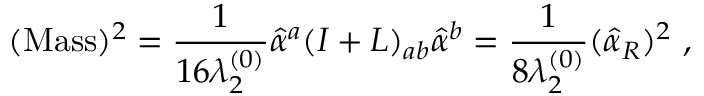
( \mathrm { M a s s } ) ^ { 2 } = { \frac { 1 } { 1 6 \lambda _ { 2 } ^ { ( 0 ) } } } \hat { \alpha } ^ { a } ( I + L ) _ { a b } \hat { \alpha } ^ { b } = { \frac { 1 } { 8 \lambda _ { 2 } ^ { ( 0 ) } } } ( \hat { \alpha } _ { R } ) ^ { 2 } ~ ,